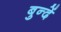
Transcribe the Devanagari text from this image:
बुन्दें